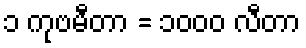
၁ ကုဗမီတာ = ၁၀၀၀ လီတာ